Indian journal of veterinary science and animal husbandry - Volumes 18-21, 1948-1951
Year: 1948
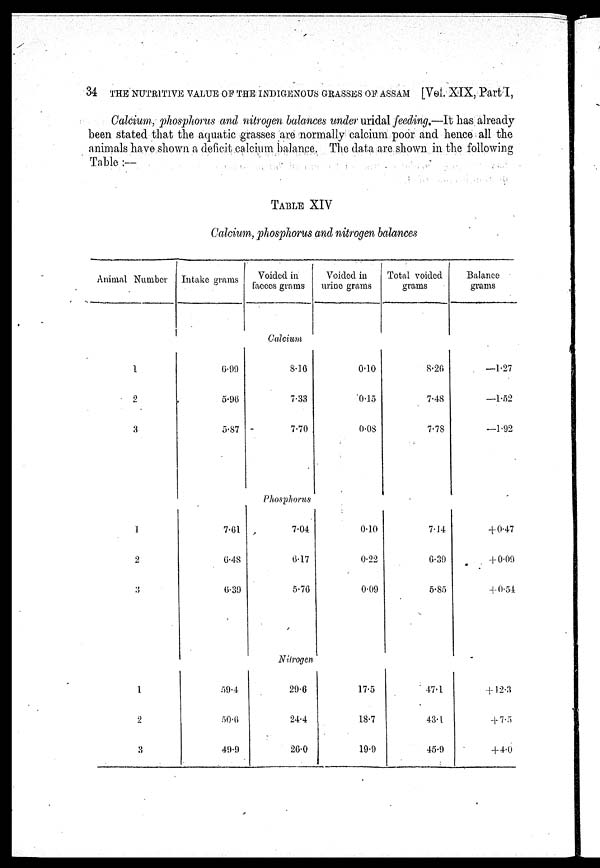
34 THE NUTRITIVE VALUE OF THE INDIGENOUS GRASSES OF ASSAM [Vel. XIX, Part I,
Calcium, phosphorus and nitrogen balances under uridal feeding.—It has already
been stated that the aquatic grasses are normally calcium poor and hence all the
animals have shown a deficit calcium balance. The data are shown in the following
Table:—
TABLE XIV
Calcium, phosphorus and nitrogen balances
Animal Number
Intake grams
Voided in
faeces grams
Voided in
urine grams
Total voided
grams
Balance
grams
Calcium
1
2
3
6.99
5.96
5.87
8.16
7.33
7.70
0.10
0.15
0.08
8.26
7.48
7.78
—1.27
—1.52
—1.92
Phosphorus
1
2
3
7.61
6.48
6.39
7.04
6.17
5.76
0.10
0.22
0.09
7.14
6.39
5.85
+0.47
+0.09
+0.54
Nitrogen
1
2
3
59.4
50.6
49.9
29.6
24.4
26.0
17.5
18.7
19.9
47.1
43.1
45.9
+12.3
+7.5
+ 4.0